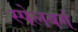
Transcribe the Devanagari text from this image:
स्पेलबर्ग